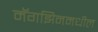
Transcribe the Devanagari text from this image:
मॅगझिनमधील